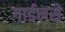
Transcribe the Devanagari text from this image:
गार्डनसे